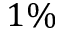
1 \%